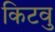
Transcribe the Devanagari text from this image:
किटवु